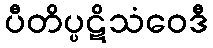
ပီတိပ္ပဋိသံဝေဒီ